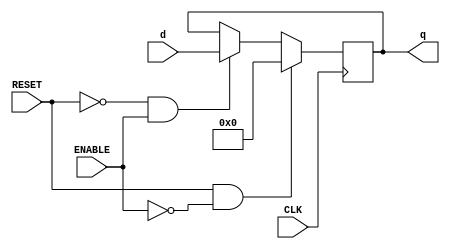
`timescale 1ns / 1ps
//////////////////////////////////////////////////////////////////////////////////
// Company: 
// Engineer: 
// 
// Design Name: 
// Module Name:    dff 
// Project Name: 
// Target Devices: 
// Tool versions: 
// Description: 
//
// Dependencies: 
//
// Revision: 
// Revision 0.01 - File Created
// Additional Comments: 
//
//////////////////////////////////////////////////////////////////////////////////
module dff(
    input CLK,
    input [3:0] d,
    input ENABLE,
    input RESET,
    output reg [3:0] q
    );

initial begin
	q = 0;
end

always @(negedge CLK) begin
	if (RESET && !ENABLE)
		q = 0;
	else if (!RESET && ENABLE)
		q = d;
	else
		q = q;
end

endmodule